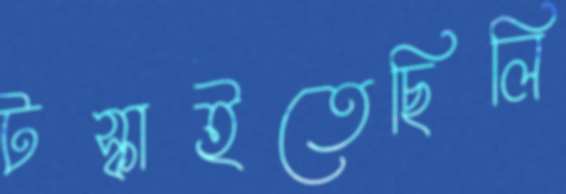
টস্‌কাইতেছিলি